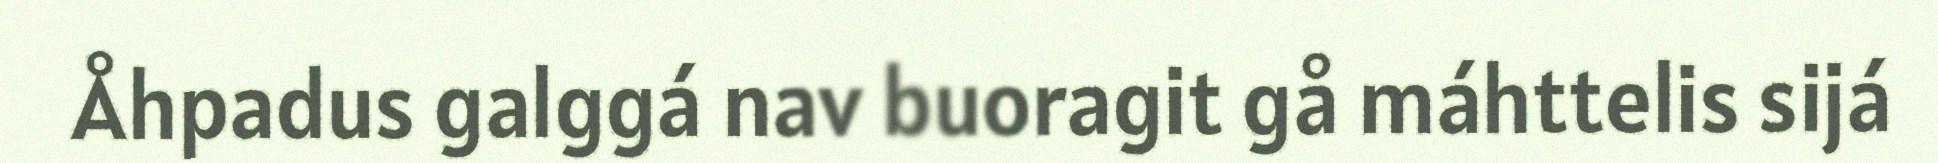
Åhpadus galggá nav buoragit gå máhttelis sijá